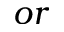
o r